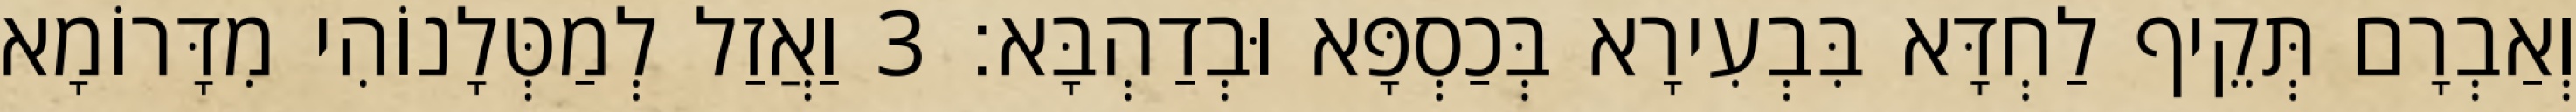
וְאַבְרָם תְּקֵיף לַחְדָּא בִּבְעִירָא בְּכַסְפָּא וּבְדַהְבָּא׃ 3 וַאֲזַל לְמַטְּלָנוֹהִי מִדָּרוֹמָא